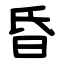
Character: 昏